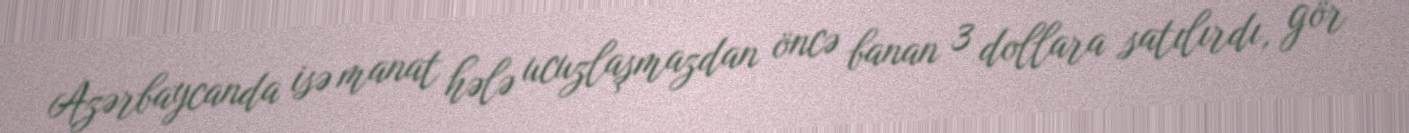
Azərbaycanda isə manat hələ ucuzlaşmazdan öncə banan 3 dollara satılırdı, gör